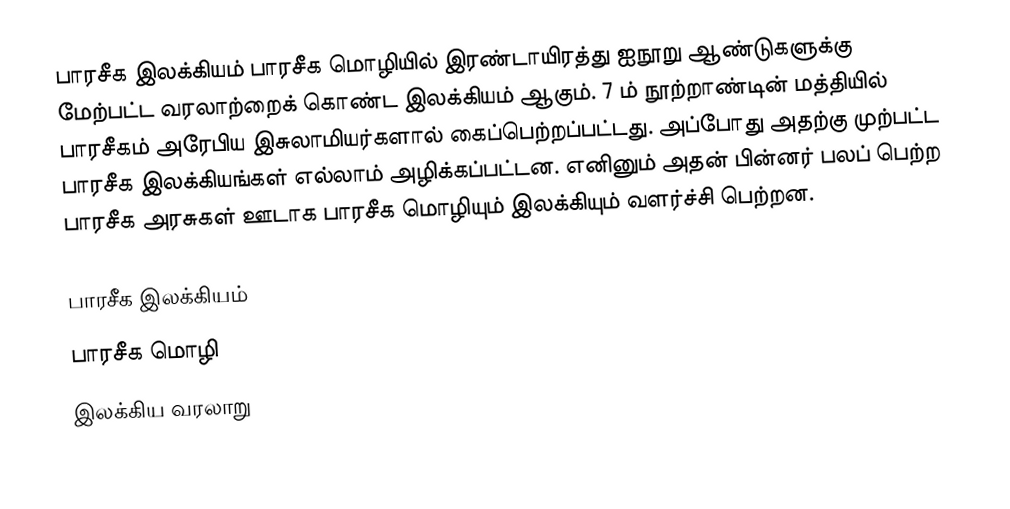
பாரசீக இலக்கியம் பாரசீக மொழியில் இரண்டாயிரத்து ஐநூறு ஆண்டுகளுக்கு மேற்பட்ட வரலாற்றைக் கொண்ட இலக்கியம் ஆகும். 7 ம் நூற்றாண்டின் மத்தியில் பாரசீகம் அரேபிய இசுலாமியர்களால் கைப்பெற்றப்பட்டது. அப்போது அதற்கு முற்பட்ட பாரசீக இலக்கியங்கள் எல்லாம் அழிக்கப்பட்டன. எனினும் அதன் பின்னர் பலப் பெற்ற பாரசீக அரசுகள் ஊடாக பாரசீக மொழியும் இலக்கியும் வளர்ச்சி பெற்றன.

பாரசீக இலக்கியம்
பாரசீக மொழி
இலக்கிய வரலாறு